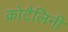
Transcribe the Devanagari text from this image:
क्रोटैलिनी